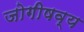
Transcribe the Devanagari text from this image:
जोगीषव्य